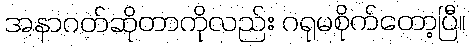
အနာဂတ်ဆိုတာကိုလည်း ဂရုမစိုက်တော့ပြီ။